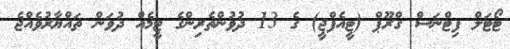
ޓޯޓަލް ފިޓްނަސް ގްރޫޕް (ޓީއެފްޖީ) ގެ 13 ދުވުންތެރިންގެ ޓީމެއް ދުވަން ތައްޔާރުވެއްޖެ